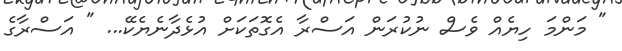
" މަންމަ ހިޔެއް ވެސް ނުކުރަން އަސްރާ އެގޮތަކަށް އުޅެދާނެޔެކޭ... " އަސްރާގެ